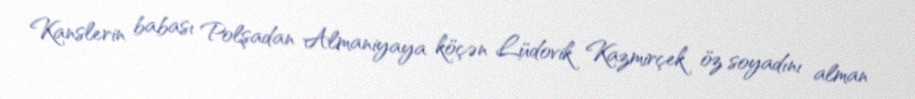
Kanslerin babası Polşadan Almaniyaya köçən Lüdovik Kazmirçek öz soyadını alman